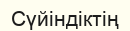
Сүйіндіктің